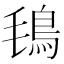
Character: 𩿂